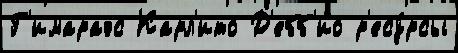
Г'имараэс Карл'ито Д'ебб'ио р'есу́рсы